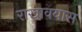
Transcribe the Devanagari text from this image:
राखावयास